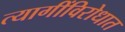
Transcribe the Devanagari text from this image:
त्यागींविरोधात